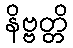
နိဗ္ဗတ္တိ